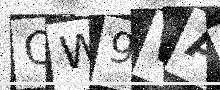
Text: OW9WAB